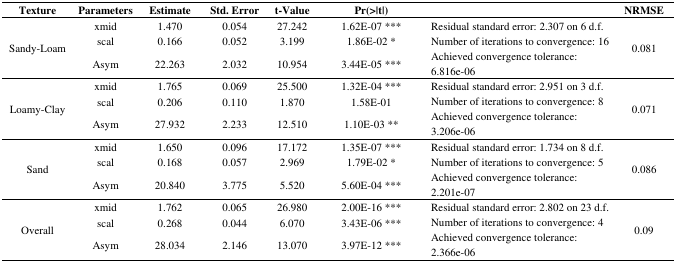
<table><thead><tr><td><b>Texture</b></td><td><b>Parameters</b></td><td><b>Estimate</b></td><td><b>Std. Error</b></td><td><b>t-Value</b></td><td><b>Pr(&gt;|t|)</b></td><td></td><td><b>NRMSE</b></td></tr></thead><tbody><tr><td rowspan="3">Sandy-Loam</td><td>xmid</td><td>1.470</td><td>0.054</td><td>27.242</td><td>1.62E-07 ***</td><td rowspan="3">Residual standard error: 2.307 on 6 d.f. Number of iterations to convergence: 16 Achieved convergence tolerance: 6.816e-06</td><td rowspan="3">0.081</td></tr><tr><td>scal</td><td>0.166</td><td>0.052</td><td>3.199</td><td>1.86E-02 *</td></tr><tr><td>Asym</td><td>22.263</td><td>2.032</td><td>10.954</td><td>3.44E-05 ***</td></tr><tr><td rowspan="3">Loamy-Clay</td><td>xmid</td><td>1.765</td><td>0.069</td><td>25.500</td><td>1.32E-04 ***</td><td rowspan="3">Residual standard error: 2.951 on 3 d.f. Number of iterations to convergence: 8 Achieved convergence tolerance: 3.206e-06</td><td rowspan="3">0.071</td></tr><tr><td>scal</td><td>0.206</td><td>0.110</td><td>1.870</td><td>1.58E-01</td></tr><tr><td>Asym</td><td>27.932</td><td>2.233</td><td>12.510</td><td>1.10E-03 **</td></tr><tr><td rowspan="3">Sand</td><td>xmid</td><td>1.650</td><td>0.096</td><td>17.172</td><td>1.35E-07 ***</td><td rowspan="3">Residual standard error: 1.734 on 8 d.f. Number of iterations to convergence: 5 Achieved convergence tolerance: 2.201e-07</td><td rowspan="3">0.086</td></tr><tr><td>scal</td><td>0.168</td><td>0.057</td><td>2.969</td><td>1.79E-02 *</td></tr><tr><td>Asym</td><td>20.840</td><td>3.775</td><td>5.520</td><td>5.60E-04 ***</td></tr><tr><td rowspan="3">Overall</td><td>xmid</td><td>1.762</td><td>0.065</td><td>26.980</td><td>2.00E-16 ***</td><td rowspan="3">Residual standard error: 2.802 on 23 d.f. Number of iterations to convergence: 4 Achieved convergence tolerance: 2.366e-06</td><td rowspan="3">0.09</td></tr><tr><td>scal</td><td>0.268</td><td>0.044</td><td>6.070</td><td>3.43E-06 ***</td></tr><tr><td>Asym</td><td>28.034</td><td>2.146</td><td>13.070</td><td>3.97E-12 ***</td></tr></tbody></table>